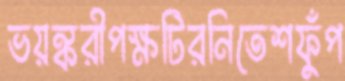
ভয়ঙ্করীপক্ষটিরনিতেশফুঁপ